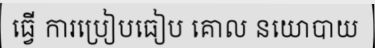
ធ្វើ ការប្រៀបធៀប គោល នយោបាយ